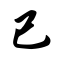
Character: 已